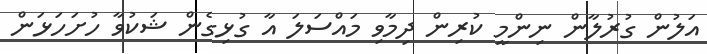
އަލުން ގުރުލާން ނިންމީ ކުރިން ދިމާވި މައްސަލަ އާ ގުޅިގެން ޝަކުވާ ހުށަހަޅަން